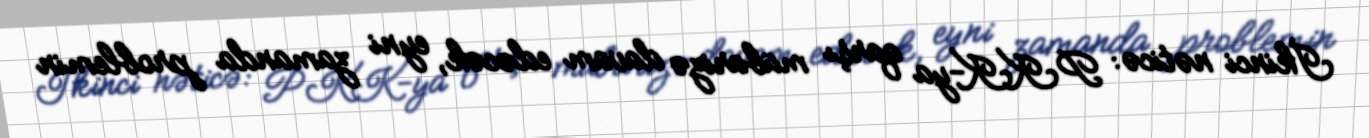
İkinci nəticə: PKK-ya qarşı mübarizə davam edəcək, eyni zamanda problemin